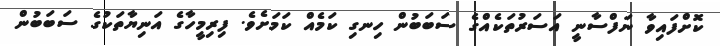
ކޮށްފައިވާ ނަފްސާނީ އަސަރުތަކެއްގެ ސަބަބުން ހިނގި ކަމެއް ކަމަށެވެ. ފިރިމީހާގެ އަނިޔާތަކުގެ ސަބަބުން